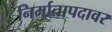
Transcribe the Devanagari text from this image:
निर्मातापदावर